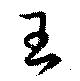
玉